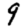
Digit: 9